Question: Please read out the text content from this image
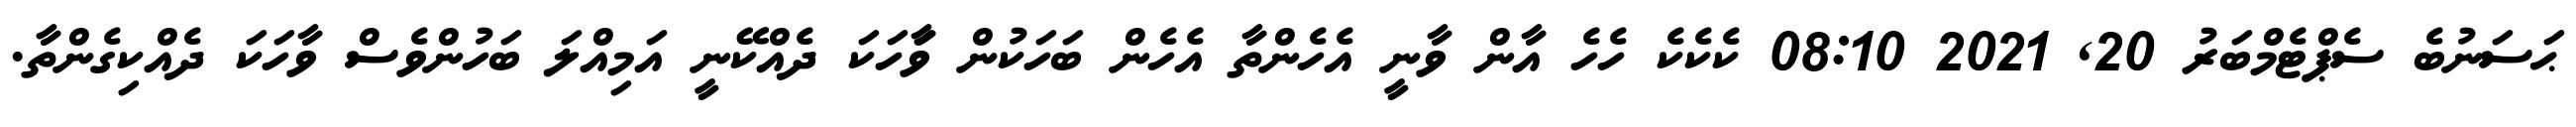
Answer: ޙަސަނުބެ ސެޕްޓެމްބަރު 20, 2021 08:10 ކެކެކެ ހެހެ އާން ވާނީ އެހެންތާ އެހެން ބަހަކުން ވަާހަކަ ދެއްކޭނީ އަމިއްލަ ބަހުންވެސް ވާހަކަ ދެއްކިގެންތާ.